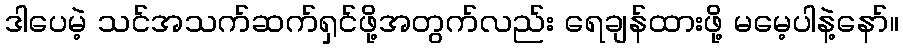
ဒါပေမဲ့ သင်အသက်ဆက်ရှင်ဖို့အတွက်လည်း ရေချန်ထားဖို့ မမေ့ပါနဲ့နော်။